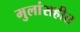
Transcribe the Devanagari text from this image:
मुलांसहीत